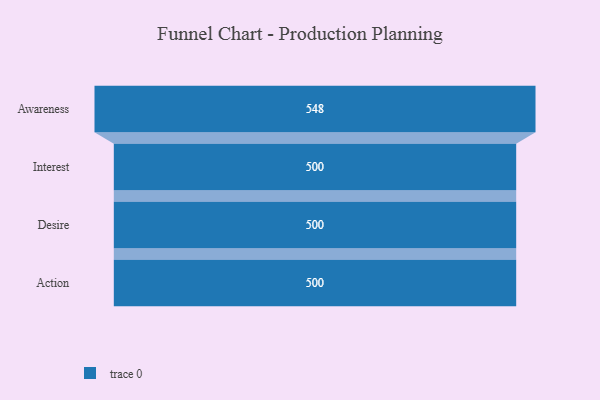
{"axis": {"x": "Stage", "y": "Value"}, "legend": [""], "data": [{"x": "Awareness", "y": 548.0, "type": ""}, {"x": "Interest", "y": 500, "type": ""}, {"x": "Desire", "y": 500, "type": ""}, {"x": "Action", "y": 500, "type": ""}]}